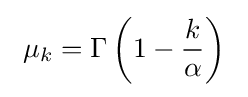
\ \mu _{k}=\Gamma \left(1-{\frac {k}{\alpha }}\right)\